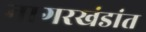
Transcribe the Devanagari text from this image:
नागरखंडांत